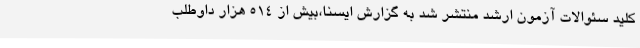
کلید سئوالات آزمون ارشد منتشر شد به گزارش ایسنا،بیش از 514 هزار داوطلب